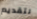
لتقديم